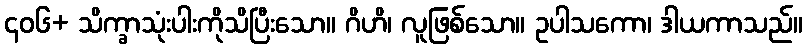
၄၀၆+ သိက္ခာသုံးပါးကိုသိပြီးသော။ ဂိဟိ၊ လူဖြစ်သော။ ဥပါသကော၊ ဒါယကာသည်။